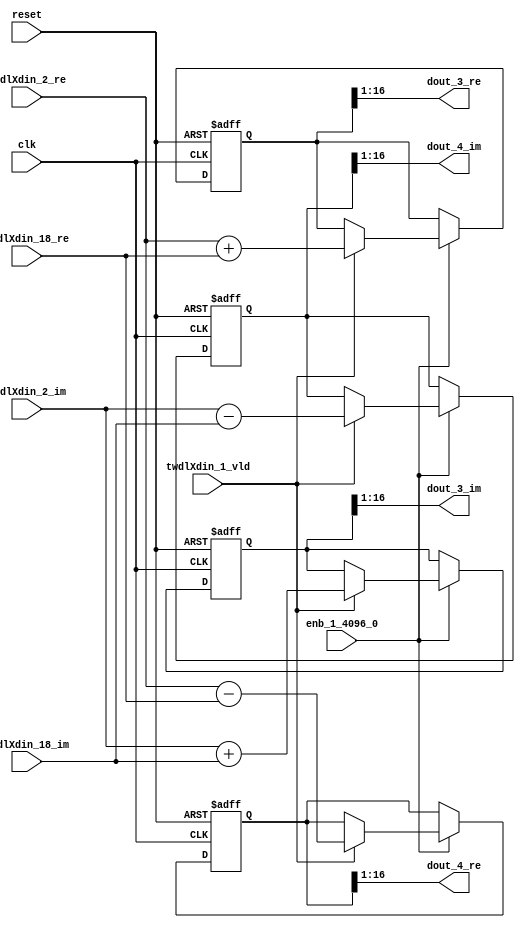
// -------------------------------------------------------------
// 
// 
// Generated by MATLAB 9.14 and HDL Coder 4.1
// 
// -------------------------------------------------------------


// -------------------------------------------------------------
// 
// Module: RADIX22FFT_SDNF1_3_block
// Source Path: dsphdl.IFFT/RADIX22FFT_SDNF1_3
// Hierarchy Level: 4
// 
// -------------------------------------------------------------

`timescale 1 ns / 1 ns

module RADIX22FFT_SDNF1_3_block
          (clk,
           reset,
           enb_1_4096_0,
           twdlXdin_2_re,
           twdlXdin_2_im,
           twdlXdin_18_re,
           twdlXdin_18_im,
           twdlXdin_1_vld,
           dout_3_re,
           dout_3_im,
           dout_4_re,
           dout_4_im);


  input   clk;
  input   reset;
  input   enb_1_4096_0;
  input   signed [15:0] twdlXdin_2_re;  // sfix16_En14
  input   signed [15:0] twdlXdin_2_im;  // sfix16_En14
  input   signed [15:0] twdlXdin_18_re;  // sfix16_En14
  input   signed [15:0] twdlXdin_18_im;  // sfix16_En14
  input   twdlXdin_1_vld;
  output  signed [15:0] dout_3_re;  // sfix16_En14
  output  signed [15:0] dout_3_im;  // sfix16_En14
  output  signed [15:0] dout_4_re;  // sfix16_En14
  output  signed [15:0] dout_4_im;  // sfix16_En14


  reg signed [16:0] Radix22ButterflyG1_NF_btf1_re_reg;  // sfix17
  reg signed [16:0] Radix22ButterflyG1_NF_btf1_im_reg;  // sfix17
  reg signed [16:0] Radix22ButterflyG1_NF_btf2_re_reg;  // sfix17
  reg signed [16:0] Radix22ButterflyG1_NF_btf2_im_reg;  // sfix17
  reg  Radix22ButterflyG1_NF_dinXtwdl_vld_dly1;
  reg signed [16:0] Radix22ButterflyG1_NF_btf1_re_reg_next;  // sfix17_En14
  reg signed [16:0] Radix22ButterflyG1_NF_btf1_im_reg_next;  // sfix17_En14
  reg signed [16:0] Radix22ButterflyG1_NF_btf2_re_reg_next;  // sfix17_En14
  reg signed [16:0] Radix22ButterflyG1_NF_btf2_im_reg_next;  // sfix17_En14
  reg  Radix22ButterflyG1_NF_dinXtwdl_vld_dly1_next;
  reg signed [15:0] dout_3_re_1;  // sfix16_En14
  reg signed [15:0] dout_3_im_1;  // sfix16_En14
  reg signed [15:0] dout_4_re_1;  // sfix16_En14
  reg signed [15:0] dout_4_im_1;  // sfix16_En14
  reg  dout_3_vld;
  reg signed [16:0] Radix22ButterflyG1_NF_add_cast;  // sfix17_En14
  reg signed [16:0] Radix22ButterflyG1_NF_add_cast_0;  // sfix17_En14
  reg signed [16:0] Radix22ButterflyG1_NF_sra_temp;  // sfix17_En14
  reg signed [16:0] Radix22ButterflyG1_NF_sub_cast;  // sfix17_En14
  reg signed [16:0] Radix22ButterflyG1_NF_sub_cast_0;  // sfix17_En14
  reg signed [16:0] Radix22ButterflyG1_NF_sra_temp_0;  // sfix17_En14
  reg signed [16:0] Radix22ButterflyG1_NF_add_cast_1;  // sfix17_En14
  reg signed [16:0] Radix22ButterflyG1_NF_add_cast_2;  // sfix17_En14
  reg signed [16:0] Radix22ButterflyG1_NF_sra_temp_1;  // sfix17_En14
  reg signed [16:0] Radix22ButterflyG1_NF_sub_cast_1;  // sfix17_En14
  reg signed [16:0] Radix22ButterflyG1_NF_sub_cast_2;  // sfix17_En14
  reg signed [16:0] Radix22ButterflyG1_NF_sra_temp_2;  // sfix17_En14


  // Radix22ButterflyG1_NF
  always @(posedge clk or posedge reset)
    begin : Radix22ButterflyG1_NF_process
      if (reset == 1'b1) begin
        Radix22ButterflyG1_NF_btf1_re_reg <= 17'sb00000000000000000;
        Radix22ButterflyG1_NF_btf1_im_reg <= 17'sb00000000000000000;
        Radix22ButterflyG1_NF_btf2_re_reg <= 17'sb00000000000000000;
        Radix22ButterflyG1_NF_btf2_im_reg <= 17'sb00000000000000000;
        Radix22ButterflyG1_NF_dinXtwdl_vld_dly1 <= 1'b0;
      end
      else begin
        if (enb_1_4096_0) begin
          Radix22ButterflyG1_NF_btf1_re_reg <= Radix22ButterflyG1_NF_btf1_re_reg_next;
          Radix22ButterflyG1_NF_btf1_im_reg <= Radix22ButterflyG1_NF_btf1_im_reg_next;
          Radix22ButterflyG1_NF_btf2_re_reg <= Radix22ButterflyG1_NF_btf2_re_reg_next;
          Radix22ButterflyG1_NF_btf2_im_reg <= Radix22ButterflyG1_NF_btf2_im_reg_next;
          Radix22ButterflyG1_NF_dinXtwdl_vld_dly1 <= Radix22ButterflyG1_NF_dinXtwdl_vld_dly1_next;
        end
      end
    end

  always @(Radix22ButterflyG1_NF_btf1_im_reg, Radix22ButterflyG1_NF_btf1_re_reg,
       Radix22ButterflyG1_NF_btf2_im_reg, Radix22ButterflyG1_NF_btf2_re_reg,
       Radix22ButterflyG1_NF_dinXtwdl_vld_dly1, twdlXdin_18_im, twdlXdin_18_re,
       twdlXdin_1_vld, twdlXdin_2_im, twdlXdin_2_re) begin
    Radix22ButterflyG1_NF_add_cast = 17'sb00000000000000000;
    Radix22ButterflyG1_NF_add_cast_0 = 17'sb00000000000000000;
    Radix22ButterflyG1_NF_sub_cast = 17'sb00000000000000000;
    Radix22ButterflyG1_NF_sub_cast_0 = 17'sb00000000000000000;
    Radix22ButterflyG1_NF_add_cast_1 = 17'sb00000000000000000;
    Radix22ButterflyG1_NF_add_cast_2 = 17'sb00000000000000000;
    Radix22ButterflyG1_NF_sub_cast_1 = 17'sb00000000000000000;
    Radix22ButterflyG1_NF_sub_cast_2 = 17'sb00000000000000000;
    Radix22ButterflyG1_NF_btf1_re_reg_next = Radix22ButterflyG1_NF_btf1_re_reg;
    Radix22ButterflyG1_NF_btf1_im_reg_next = Radix22ButterflyG1_NF_btf1_im_reg;
    Radix22ButterflyG1_NF_btf2_re_reg_next = Radix22ButterflyG1_NF_btf2_re_reg;
    Radix22ButterflyG1_NF_btf2_im_reg_next = Radix22ButterflyG1_NF_btf2_im_reg;
    Radix22ButterflyG1_NF_dinXtwdl_vld_dly1_next = twdlXdin_1_vld;
    if (twdlXdin_1_vld) begin
      Radix22ButterflyG1_NF_add_cast = {twdlXdin_2_re[15], twdlXdin_2_re};
      Radix22ButterflyG1_NF_add_cast_0 = {twdlXdin_18_re[15], twdlXdin_18_re};
      Radix22ButterflyG1_NF_btf1_re_reg_next = Radix22ButterflyG1_NF_add_cast + Radix22ButterflyG1_NF_add_cast_0;
      Radix22ButterflyG1_NF_sub_cast = {twdlXdin_2_re[15], twdlXdin_2_re};
      Radix22ButterflyG1_NF_sub_cast_0 = {twdlXdin_18_re[15], twdlXdin_18_re};
      Radix22ButterflyG1_NF_btf2_re_reg_next = Radix22ButterflyG1_NF_sub_cast - Radix22ButterflyG1_NF_sub_cast_0;
      Radix22ButterflyG1_NF_add_cast_1 = {twdlXdin_2_im[15], twdlXdin_2_im};
      Radix22ButterflyG1_NF_add_cast_2 = {twdlXdin_18_im[15], twdlXdin_18_im};
      Radix22ButterflyG1_NF_btf1_im_reg_next = Radix22ButterflyG1_NF_add_cast_1 + Radix22ButterflyG1_NF_add_cast_2;
      Radix22ButterflyG1_NF_sub_cast_1 = {twdlXdin_2_im[15], twdlXdin_2_im};
      Radix22ButterflyG1_NF_sub_cast_2 = {twdlXdin_18_im[15], twdlXdin_18_im};
      Radix22ButterflyG1_NF_btf2_im_reg_next = Radix22ButterflyG1_NF_sub_cast_1 - Radix22ButterflyG1_NF_sub_cast_2;
    end
    Radix22ButterflyG1_NF_sra_temp = Radix22ButterflyG1_NF_btf1_re_reg >>> 8'd1;
    dout_3_re_1 = Radix22ButterflyG1_NF_sra_temp[15:0];
    Radix22ButterflyG1_NF_sra_temp_0 = Radix22ButterflyG1_NF_btf1_im_reg >>> 8'd1;
    dout_3_im_1 = Radix22ButterflyG1_NF_sra_temp_0[15:0];
    Radix22ButterflyG1_NF_sra_temp_1 = Radix22ButterflyG1_NF_btf2_re_reg >>> 8'd1;
    dout_4_re_1 = Radix22ButterflyG1_NF_sra_temp_1[15:0];
    Radix22ButterflyG1_NF_sra_temp_2 = Radix22ButterflyG1_NF_btf2_im_reg >>> 8'd1;
    dout_4_im_1 = Radix22ButterflyG1_NF_sra_temp_2[15:0];
    dout_3_vld = Radix22ButterflyG1_NF_dinXtwdl_vld_dly1;
  end



  assign dout_3_re = dout_3_re_1;

  assign dout_3_im = dout_3_im_1;

  assign dout_4_re = dout_4_re_1;

  assign dout_4_im = dout_4_im_1;

endmodule  // RADIX22FFT_SDNF1_3_block